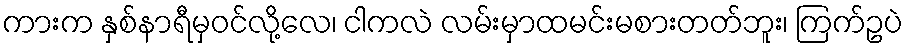
ကားက နှစ်နာရီမှဝင်လို့လေ၊ ငါကလဲ လမ်းမှာထမင်းမစားတတ်ဘူး၊ ကြက်ဥပဲ